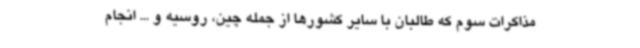
مذاکرات سوم که طالبان با سایر کشورها از جمله چین، روسیه و ... انجام